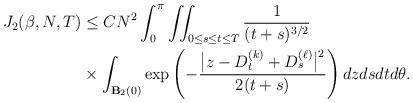
LaTeX: \begin{align*} \begin{aligned} J_2(\beta,N,T) &\leq CN^2\int_{0}^{\pi}\iint_{0\le s\le t\le T}\frac{1}{(t+s)^{3/2}} \\& \times\int_{\mathbf{B}_2(0)} \exp\left(-\frac{\big|z-D_t^{(k)}+D_s^{(\ell)}\big|^2}{2(t+s)}\right) dz dsdt d\theta. \end{aligned}\end{align*}